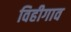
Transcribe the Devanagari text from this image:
विहीगाव